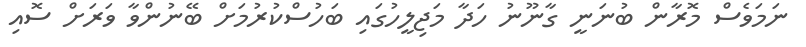
ނަމަވެސް މޮރާން ބުނަނީ ގާނޫނު ހަދާ މަޖިލީހުގައި ބަހުސްކުރުމަށް ބޭނުންވާ ވަރަށް ސޮއި